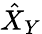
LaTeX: \hat{X}_{Y}